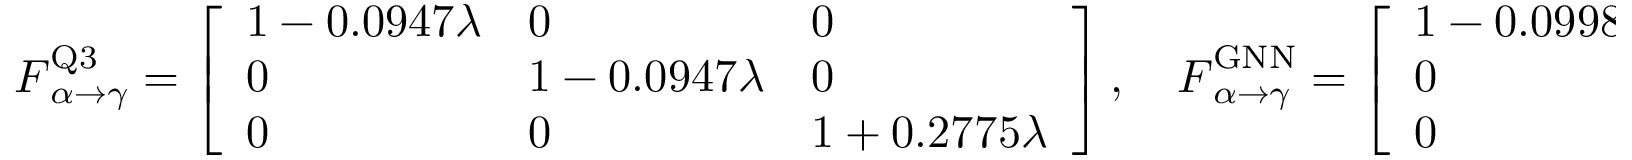
\boldsymbol { F } _ { \alpha \rightarrow \gamma } ^ { \mathrm { Q 3 } } = \left[ \begin{array} { l l l } { 1 - 0 . 0 9 4 7 \lambda } & { 0 } & { 0 } \\ { 0 } & { 1 - 0 . 0 9 4 7 \lambda } & { 0 } \\ { 0 } & { 0 } & { 1 + 0 . 2 7 7 5 \lambda } \end{array} \right] , \quad \boldsymbol { F } _ { \alpha \rightarrow \gamma } ^ { \mathrm { G N N } } = \left[ \begin{array} { l l l } { 1 - 0 . 0 9 9 8 \lambda } & { 0 } & { 0 } \\ { 0 } & { 1 - 0 . 0 9 9 8 \lambda } & { 0 } \\ { 0 } & { 0 } & { 1 + 0 . 2 7 3 0 \lambda } \end{array} \right] .